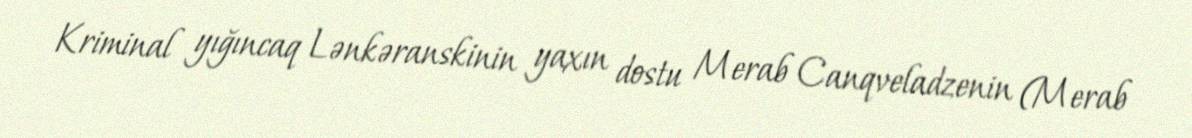
Kriminal yığıncaq Lənkəranskinin yaxın dostu Merab Canqveladzenin (Merab